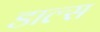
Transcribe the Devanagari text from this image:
डाल्स